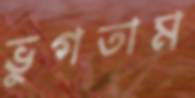
ভুগতাম